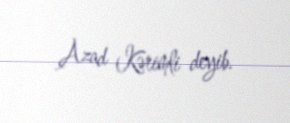
Azad Kərimli deyib.